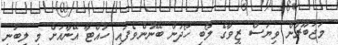
މަޖުބޫރުން ވިޔަސް ޒީވާގެ ލޯބި ހޯދަން ބޭނުންވެފައި ހުއްޓާ އޭނާއަށް މި ލިބުނީ